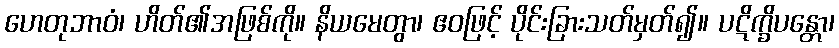
ဟေတုဘာဝံ၊ ဟိတ်၏အဖြစ်ကို။ နိယမေတွာ၊ ဧဝဖြင့် ပိုင်းခြားသတ်မှတ်၍။ ပဋိက္ခိပန္တော၊